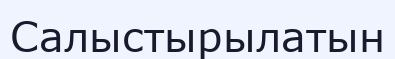
Салыстырылатын